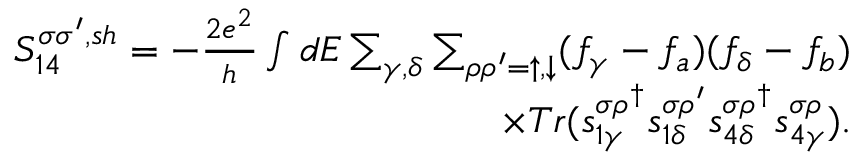
\begin{array} { r } { { S _ { 1 4 } ^ { \sigma \sigma ^ { \prime } , s h } } = - \frac { 2 e ^ { 2 } } { h } \int d E \sum _ { \gamma , \delta } \sum _ { \rho \rho ^ { \prime } = \uparrow , \downarrow } ( f _ { \gamma } - f _ { a } ) ( f _ { \delta } - f _ { b } ) } \\ { \times T r ( s _ { 1 \gamma } ^ { \sigma \rho ^ { \dagger } } s _ { 1 \delta } ^ { \sigma \rho ^ { \prime } } s _ { 4 \delta } ^ { \sigma \rho ^ { \dagger } } s _ { 4 \gamma } ^ { \sigma \rho } ) . } \end{array}